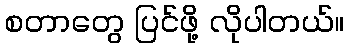
စတာတွေ ပြင်ဖို့ လိုပါတယ်။